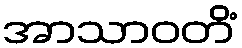
အာသာဝတိံ